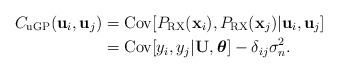
\begin{align*}C_{\mathrm{uGP}}(\mathbf{u}_{i},\mathbf{u}_{j}) & =\mathrm{Cov}[P_{\mathrm{RX}}(\mathbf{x}_{i}),P_{\mathrm{RX}}(\mathbf{x}_{j})\vert\mathbf{u}_{i},\mathbf{u}_{j}] \\ & =\textrm{Cov}[y_{i},y_{j}\vert\mathbf{U},\boldsymbol{\theta}]-\delta_{ij}\sigma_{n}^{2}.\end{align*}